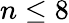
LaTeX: n\leq 8